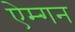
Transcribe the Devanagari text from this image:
ऐम्गन